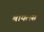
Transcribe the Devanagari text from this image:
बायलस